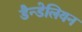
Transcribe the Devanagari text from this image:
डैन्डेलियन